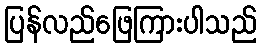
ပြန်လည်ဖြေကြားပါသည်